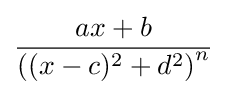
{\frac {ax+b}{\left((x-c)^{2}+d^{2}\right)^{n}}}